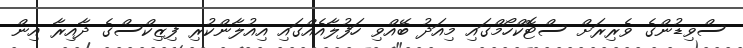
ސްވިޑުންގެ ވެރިރަށް ސްޓޮކްހޯމްގައި މިއަދު ބޭއްވި ހަފުލާއެއްގައި އިއުލާންކުރި ފިޒިކްސްގެ ދާއިރާ އިން